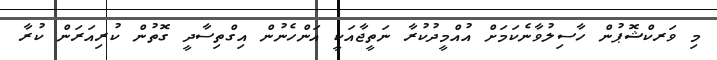
މި ވަރކްޝޮޕުން ހާސިލުވާނެކަމަށް އުއްމީދުކުރާ ނަތީޖާއަކީ އަންހެނުން އިގްތިސާދީ ގޮތުން ކުރިއަރަން ކުރާ